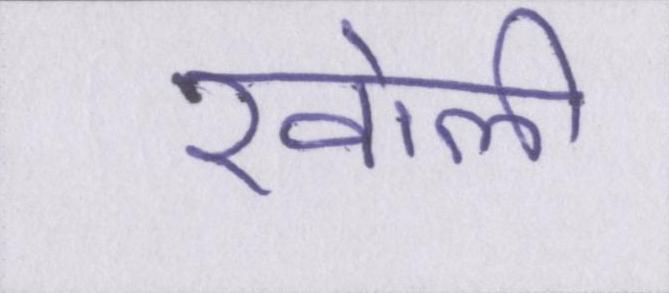
खोली